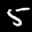
Label: 5